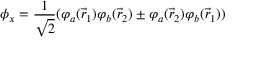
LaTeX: \phi _ { x } = { \frac { 1 } { \sqrt { 2 } } } ( \varphi _ { a } ( { \vec { r } } _ { 1 } ) \varphi _ { b } ( { \vec { r } } _ { 2 } ) \pm \varphi _ { a } ( { \vec { r } } _ { 2 } ) \varphi _ { b } ( { \vec { r } } _ { 1 } ) )